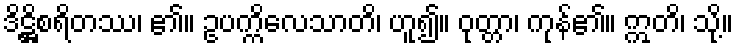
ဒိဋ္ဌိစရိတဿ၊ ၏။ ဥပက္ကိလေသာတိ၊ ဟူ၍။ ဝုတ္တာ၊ ကုန်၏။ ဣတိ၊ သို့။